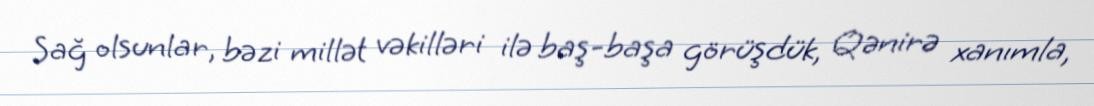
Sağ olsunlar, bəzi millət vəkilləri ilə baş-başa görüşdük, Qənirə xanımla,